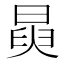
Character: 𭦺